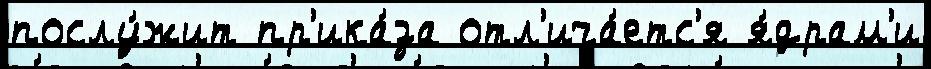
послу́жит пр'ика́за отл'ича́етс'я я́драм'и